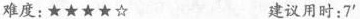
难度:★★★★☆ 建议用时:7^{\prime}